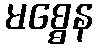
မစ္စေန